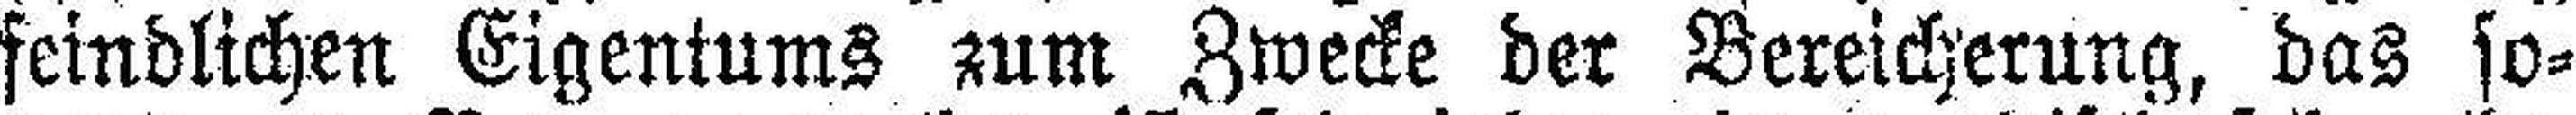
feindlichen Eigentums zum Zwecke der Bereicherung, das so¬